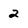
Character: 2